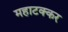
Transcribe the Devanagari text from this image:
महाटक्कर